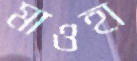
মাওহা